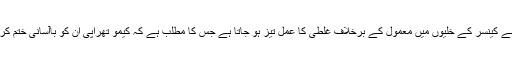
اس ڈرگ سے کینسر کے خلیوں میں معمول کے برخلاف غلطی کا عمل تیز ہو جاتا ہے جس کا مطلب ہے کہ کیمو تھراپی ان کو باآسانی ختم کر سکتی ہے۔